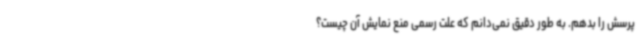
پرسش را بدهم. به ‌طور دقیق نمی‌دانم که علت رسمی منع نمایش آن چیست؟